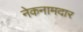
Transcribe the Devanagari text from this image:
नेकनामदार